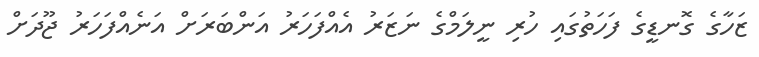
ޒަހާގެ ގޮނޑީގެ ފަހަތުގައި ހުރި ނީލަމްގެ ނަޒަރު އެއްފަހަރު އަންބަރަށް އަނެއްފަހަރު ޖޫދަށް